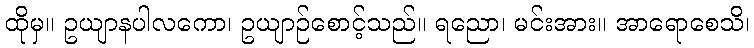
ထိုမှ။ ဥယျာနပါလကော၊ ဥယျာဉ်စောင့်သည်။ ရညော၊ မင်းအား။ အာရောစေသိ၊